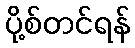
ပို့စ်တင်ရန်